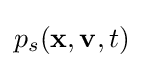
p_{s}(\mathbf {x} ,\mathbf {v} ,t)